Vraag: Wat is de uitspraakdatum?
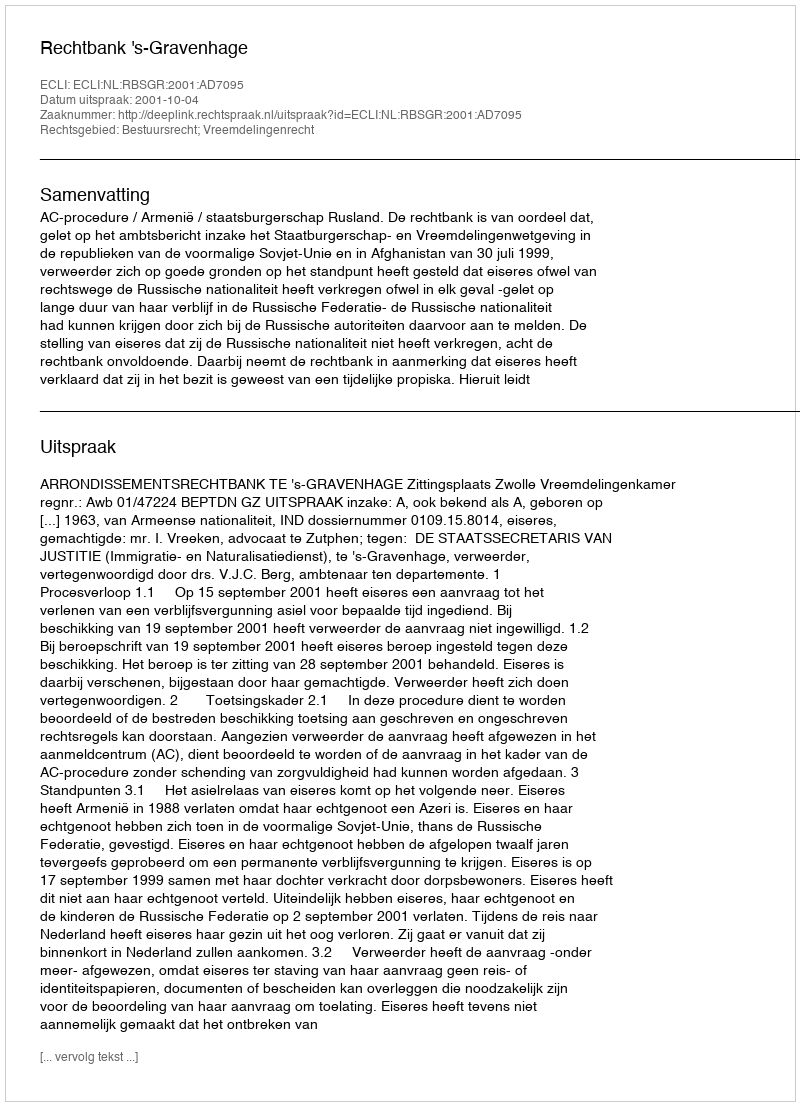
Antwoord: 2001-10-04